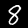
Label: 8